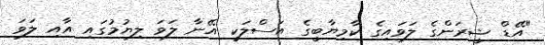
"އޭޑް ޝީރަންގެ ލަވައިގެ ކާމިޔާބީގެ އަސްލަކީ އޭނާ ލަވަ ލިޔުމުގައި އާއި ލަވަ